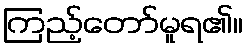
ကြည့်တော်မူရ၏။